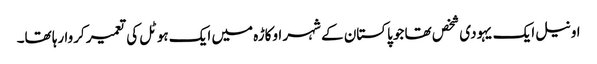
اونیل ایک یہودی شخص تھا جو پاکستان کے شہر اوکاڑہ میں ایک ہوٹل کی تعمیر کروا رہا تھا۔